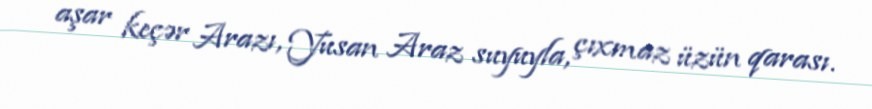
aşar keçər Arazı, Yusan Araz suyuyla, çıxmaz üzün qarası.